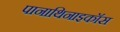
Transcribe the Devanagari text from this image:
पानाथिनाइकॉस